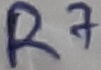
Text: R7